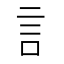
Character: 訁